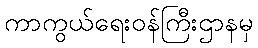
ကာကွယ်ရေးဝန်ကြီးဌာနမှ